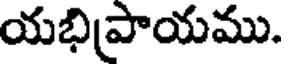
యభిప్రాయము.